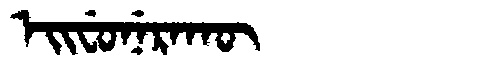
Manchu: ᡝᡳᠸᡠᠨᡝᡵᠠᡴᡡ
Romanization: EIFUNERAKŪ